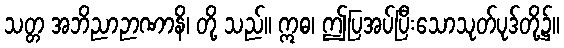
သတ္တ အဘိညာဉာဏာနိ၊ တို့ သည်။ ဣဓ၊ ဤပြအပ်ပြီးသောသုတ်ပုဒ်တို့၌။